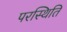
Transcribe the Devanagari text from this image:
परस्थिति